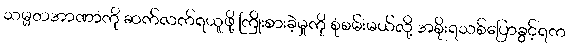
သမ္မတအာဏာကို ဆက်လက်ရယူဖို့ ကြိုးစားခဲ့မှုကို စုံစမ်းမယ်လို့ အစိုးရသစ်ပြောခွင့်ရက